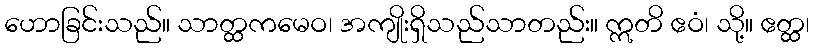
ဟောခြင်းသည်။ သာတ္ထကမေဝ၊ အကျိုးရှိသည်သာတည်း။ ဣတိ ဧဝံ၊ သို့။ ဧတ္ထ၊